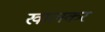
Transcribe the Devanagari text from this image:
खालकर